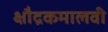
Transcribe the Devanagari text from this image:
क्षौद्रकमालवी